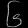
Digit: ၆